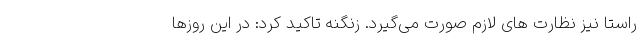
راستا نیز نظارت های لازم صورت می‌گیرد. زنگنه تاکید کرد: در این روزها